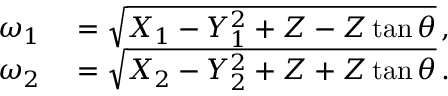
\begin{array} { r l } { \omega _ { 1 } } & { { } = \sqrt { X _ { 1 } - Y _ { 1 } ^ { 2 } + Z - Z \tan \theta } \, , } \\ { \omega _ { 2 } } & { { } = \sqrt { X _ { 2 } - Y _ { 2 } ^ { 2 } + Z + Z \tan \theta } \, . } \end{array}